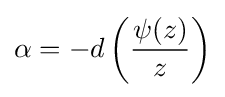
\alpha =-d\left({\psi (z) \over z}\right)